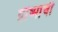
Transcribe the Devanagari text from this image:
ग्रीष्माची